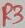
Text: R3